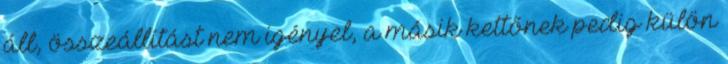
áll, összeállítást nem igényel, a másik kettőnek pedig külön